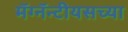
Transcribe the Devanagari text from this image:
मॅग्नॅन्टीयसच्या